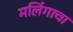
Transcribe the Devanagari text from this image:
मलिंगाचा